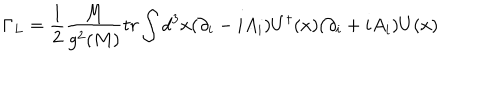
\Gamma _ { L } = { \frac { 1 } { 2 } } { \frac { M } { g ^ { 2 } ( M ) } } t r \int d ^ { 3 } x ( \partial _ { i } - i A _ { i } ) U ^ { \dagger } ( x ) ( \partial _ { i } + i A _ { i } ) U ( x )